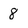
Character: 8